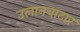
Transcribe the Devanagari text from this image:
उलानबाटार